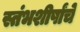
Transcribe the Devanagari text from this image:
स्तंभशीर्षांचे